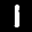
Label: 1